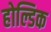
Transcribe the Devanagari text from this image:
होल्डिक